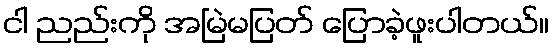
ငါ ညည်းကို အမြဲမပြတ် ပြောခဲ့ဖူးပါတယ်။